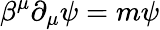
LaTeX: \beta^{\mu}\partial_{\mu}\psi=m\psi